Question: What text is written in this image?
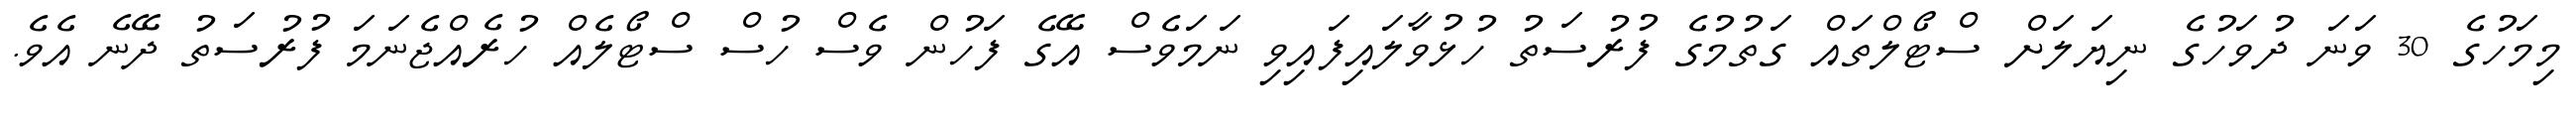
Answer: މިމަހުގެ 30 ވަނަ ދުވަހުގެ ނިޔަލަށް ސްޓޯލްތައް ގަތުމުގެ ފުރުސަތު ހުޅުވާލައިފައިވި ނަމަވެސް އޭގެ ފަހުން ވެސް ހުސް ސްޓޯލެއް ހުރެއްޖެނަމަ ފުރުސަތު ދޭނެ އެވެ.